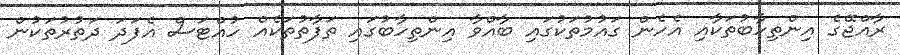
ރާއްޖޭގެ އިންތިހާބުތަކާއި އެހެން ގައުމުތަކުގައި ބާއްވާ އިންތިހާބުގައި ތަފާތުތަކެއް ހުއްޓަސް އެފަދަ ދަތުރުތަކުން